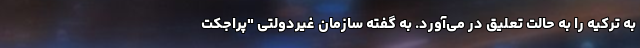
به ترکیه را به حالت تعلیق در می‌آورد. به گفته سازمان غیردولتی "پراجکت